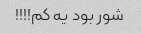
شور بود یه کم!!!!